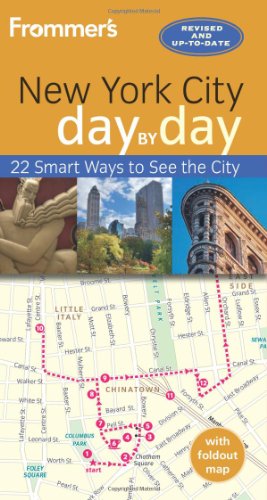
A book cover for Frommer's New York City day by day; Brian Silverman; Travel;